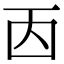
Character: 㐁